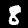
Digit: 8